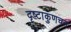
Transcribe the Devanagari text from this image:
दृष्टाकुणचन